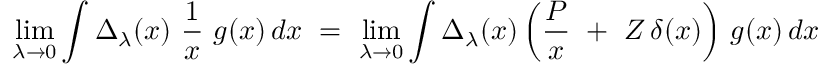
\operatorname * { l i m } _ { \lambda \to 0 } \int \Delta _ { \lambda } ( x ) ~ { \frac { 1 } { x } } ~ g ( x ) \, d x ~ = ~ \operatorname * { l i m } _ { \lambda \to 0 } \int \Delta _ { \lambda } ( x ) \left( { \frac { P } { x } } ~ + ~ Z \, \delta ( x ) \right) \, g ( x ) \, d x